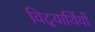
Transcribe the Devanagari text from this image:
विद्‍यार्थियों